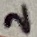
Text: 2